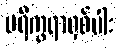
ပရိက္ခရာရှစ်ပါး